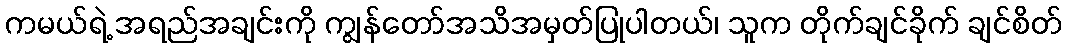
ကမယ်ရဲ့ အရည်အချင်းကို ကျွန်တော်အသိအမှတ်ပြုပါတယ်၊ သူက တိုက်ချင်ခိုက် ချင်စိတ်